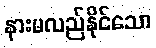
နားမလည်နိုင်သော